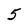
Character: 5